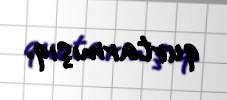
qurtarmışıq.